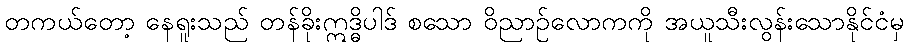
တကယ်တော့ နေရူးသည် တန်ခိုးဣဒ္ဓိပါဒ် စသော ဝိညာဉ်လောကကို အယူသီးလွန်းသောနိုင်ငံမှ